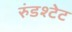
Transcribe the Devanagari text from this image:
रुंडश्टेट